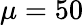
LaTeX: \mu=50